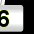
Digit: 6